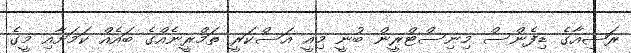
ރަޝިއާގެ ޑިފެންސް މިނިސްޓްރީން ބުނީ މިއީ އަސްކަރީ ތަމްރީނެއްގެ ބައެއް ކަމަށާއި މީގެ